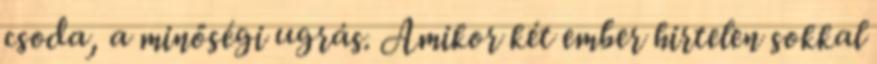
csoda, a minőségi ugrás. Amikor két ember hirtelen sokkal